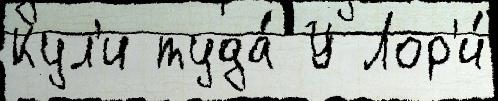
Кул'и туда́ У Лор'и́